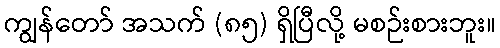
ကျွန်တော် အသက် (၈၅) ရှိပြီလို့ မစဉ်းစားဘူး။